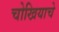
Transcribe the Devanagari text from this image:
चोखियाचे